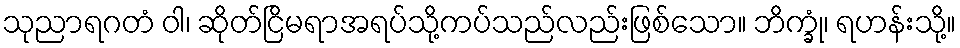
သုညာရဂတံ ဝါ၊ ဆိုတ်ငြိမရာအရပ်သို့ကပ်သည်လည်းဖြစ်သော။ ဘိက္ခုံ၊ ရဟန်းသို့။